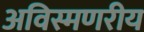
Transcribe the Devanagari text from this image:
अविस्मणरीय